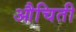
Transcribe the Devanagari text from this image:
औचिती